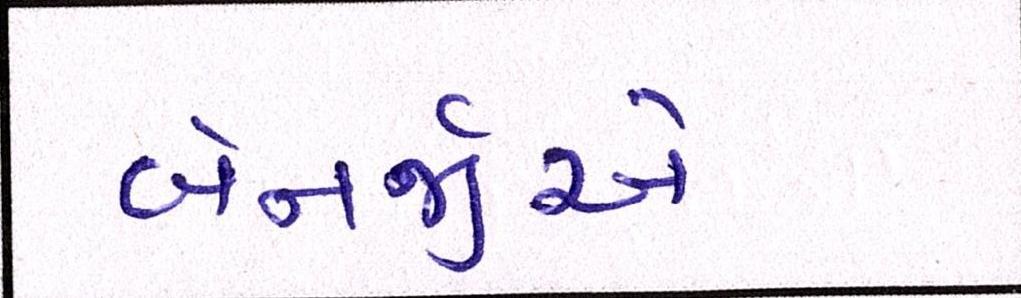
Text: બેનર્જીએ